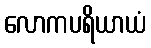
လောကပရိယာယံ